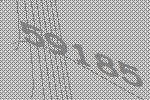
59185